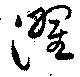
濯